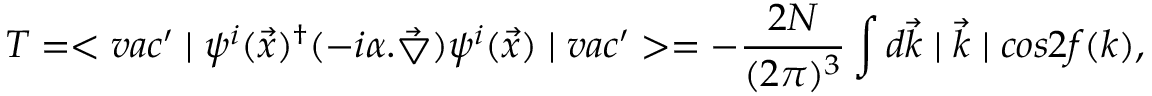
T = < v a c ^ { \prime } \mid \psi ^ { i } ( \vec { x } ) ^ { \dagger } ( - i \alpha . { \vec { \bigtriangledown } } ) \psi ^ { i } ( \vec { x } ) \mid v a c ^ { \prime } > = - \frac { 2 N } { ( 2 \pi ) ^ { 3 } } \int d \vec { k } \mid \vec { k } \mid c o s 2 f ( k ) ,